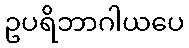
ဥပရိဘာဂါယပေ